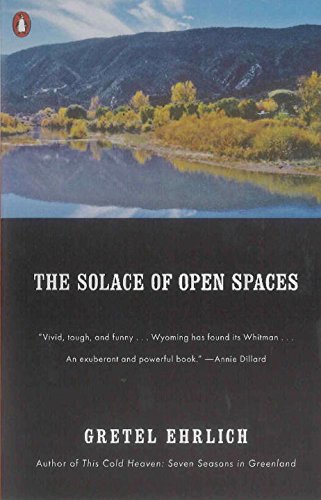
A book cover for The Solace of Open Spaces; Gretel Ehrlich; Science & Math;